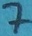
Text: 7